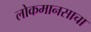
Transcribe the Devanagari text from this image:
लोकमानसाचा